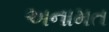
અનામત